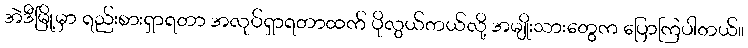
အဲဒီမြို့မှာ ရည်းစားရှာရတာ အလုပ်ရှာရတာထက် ပိုလွယ်တယ်လို့ အမျိုးသားတွေက ပြောကြပါတယ်။